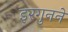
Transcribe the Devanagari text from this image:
इरगुनने